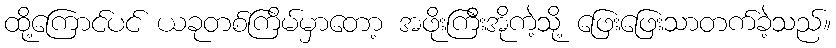
ထို့ကြောင်ပင် ယခုတစ်ကြိမ်မှာတော့ အဖိုးကြီးအိုကဲ့သို့ ဖြေးဖြေးသာတက်ခဲ့သည်။